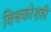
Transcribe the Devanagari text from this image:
विश्वकोशही